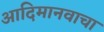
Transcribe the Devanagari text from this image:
आदिमानवाचा